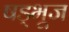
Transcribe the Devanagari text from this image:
षड्भूज